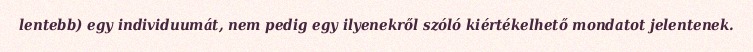
lentebb) egy individuumát, nem pedig egy ilyenekről szóló kiértékelhető mondatot jelentenek.